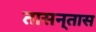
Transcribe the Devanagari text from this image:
तासन्‌तास